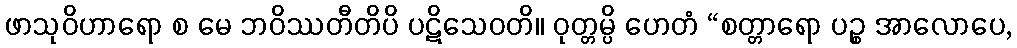
ဖာသုဝိဟာရော စ မေ ဘဝိဿတီတိပိ ပဋိသေဝတိ။ ဝုတ္တမ္ပိ ဟေတံ “စတ္တာရော ပဉ္စ အာလောပေ,